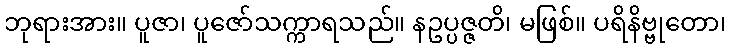
ဘုရားအား။ ပူဇာ၊ ပူဇော်သက္ကာရသည်။ နဥပ္ပဇ္ဇတိ၊ မဖြစ်။ ပရိနိဗ္ဗုတော၊